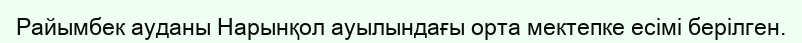
Райымбек ауданы Нарынқол ауылындағы орта мектепке есімі берілген.